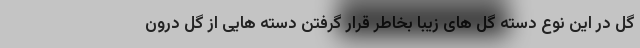
گل در این نوع دسته گل های زیبا بخاطر قرار گرفتن دسته هایی از گل درون